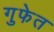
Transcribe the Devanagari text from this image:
गुफेत